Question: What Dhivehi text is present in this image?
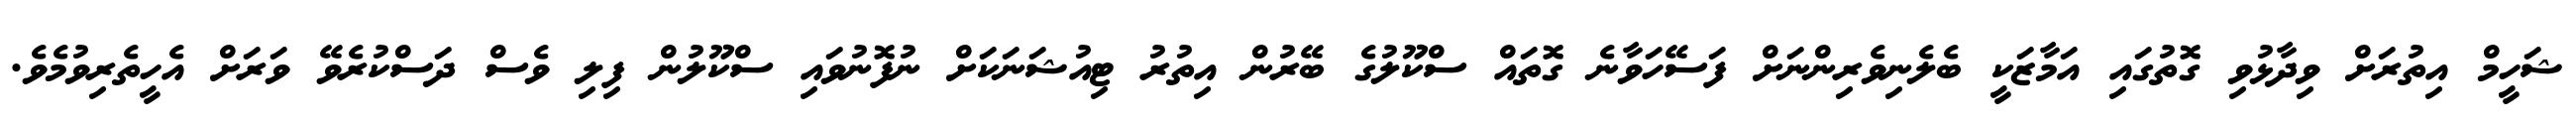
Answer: ޝަހީމް އިތުރަށް ވިދާޅުވި ގޮތުގައި އަމާޒަކީ ބެލެނިވެރިންނަށް ފަސޭހަވާނެ ގޮތައް ސްކޫލުގެ ބޭރުން އިތުރު ޓިއުޝަނަކަށް ނުފޮނުވައި ސްކޫލުން ފިލި ވެސް ދަސްކުރެވޭ ވަރަށް އެހީތެރިވުމެވެ.